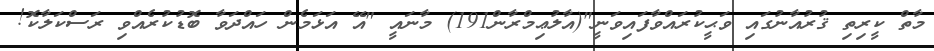
މާތް ކީރިތި ޤުރުއާނުގައި ވަޙީކުރައްވާފައިވަނީ"(އާލުޢިމްރާން191) މާނައީ "އޭ އަޅަމެން ހައްދަވާ ބޮޑުކުރެއްވި ރަސްކަލާކޮ!